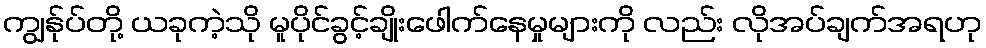
ကျွန်ုပ်တို့ ယခုကဲ့သို မူပိုင်ခွင့်ချိုးဖေါက်နေမှုများကို လည်း လိုအပ်ချက်အရဟု